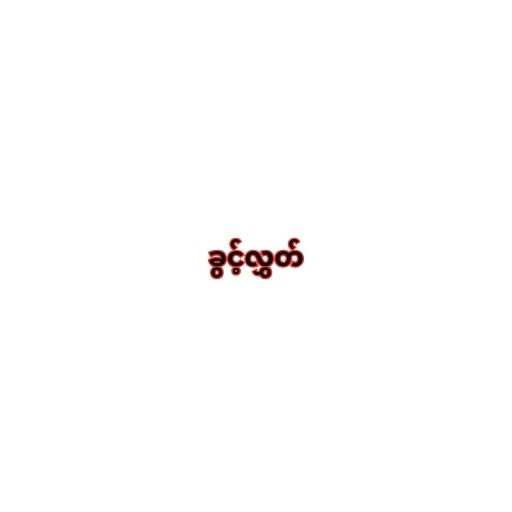
ခွင့်လွှတ်